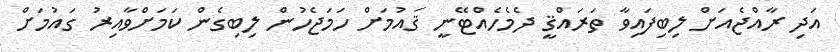
އަދި ރާއްޖެއަށް ލިބިފައިވާ ތަރައްޤީ ދެމެހެއްޓޭނީ ޤައުމަށް ހަމަޖެހުން ލިބިގެން ކަމަށްވާއިރު ގައުމަށް